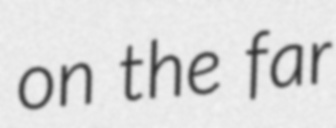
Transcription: on the far